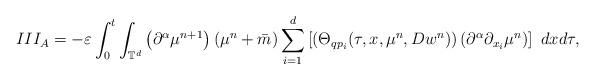
LaTeX: \begin{align*}III_{A}=-\varepsilon\int_{0}^{t}\int_{\mathbb{T}^{d}}\left(\partial^{\alpha}\mu^{n+1}\right)(\mu^{n}+\bar{m})\sum_{i=1}^{d}\left[\left(\Theta_{qp_{i}}(\tau,x,\mu^{n},Dw^{n})\right)\left(\partial^{\alpha}\partial_{x_{i}}\mu^{n}\right)\right]\ dx d\tau,\end{align*}